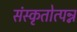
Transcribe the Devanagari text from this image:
संस्कृतोत्पन्न